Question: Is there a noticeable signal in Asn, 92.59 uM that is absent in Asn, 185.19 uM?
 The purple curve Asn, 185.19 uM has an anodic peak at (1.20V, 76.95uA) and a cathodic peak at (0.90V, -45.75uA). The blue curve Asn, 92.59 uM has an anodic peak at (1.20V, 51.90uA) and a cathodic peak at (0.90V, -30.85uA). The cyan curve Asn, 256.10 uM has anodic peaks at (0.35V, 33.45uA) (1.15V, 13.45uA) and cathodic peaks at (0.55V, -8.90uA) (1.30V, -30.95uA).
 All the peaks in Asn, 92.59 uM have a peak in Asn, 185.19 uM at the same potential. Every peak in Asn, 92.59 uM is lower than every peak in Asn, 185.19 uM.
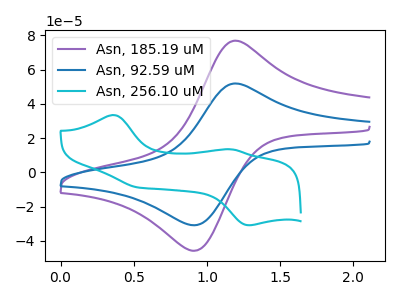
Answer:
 <answer>No, "Asn, 92.59 uM" and "Asn, 185.19 uM" don't appear to be significantly different in shape</answer>
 <eval>no_change</eval>